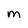
Character: m